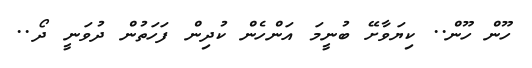
ހޫން ހޫން.. ކިޔަވާށޭ ބުނީމަ އަންހެން ކުދިން ފަހަތުން ދުވަނީ ދޯ..